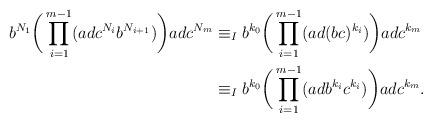
LaTeX: \begin{align*}b^{N_1} \bigg( \prod_{i=1}^{m-1} (ad c^{N_i} b^{N_{i+1}}) \bigg) ad c^{N_m} & \equiv_I b^{k_0} \bigg( \prod_{i=1}^{m-1} (ad (bc)^{k_i}) \bigg) ad c^{k_m} \\&\equiv_I b^{k_0} \bigg( \prod_{i=1}^{m-1} (ad b^{k_i} c^{k_i}) \bigg) ad c^{k_m} .\end{align*}